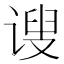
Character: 𫍲